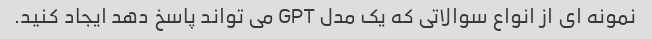
نمونه ای از انواع سوالاتی که یک مدل GPT می تواند پاسخ دهد ایجاد کنید.